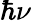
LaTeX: \hbar\nu